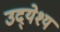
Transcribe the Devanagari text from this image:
उद्‍येश्य